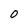
Character: 0